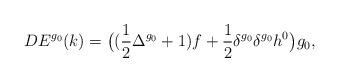
LaTeX: \begin{align*}DE^{g_0}(k)=\big((\frac{1}{2}\Delta^{g_0}+1)f+\frac{1}{2}\delta^{g_0}\delta^{g_0} h^0\big)g_0, \end{align*}